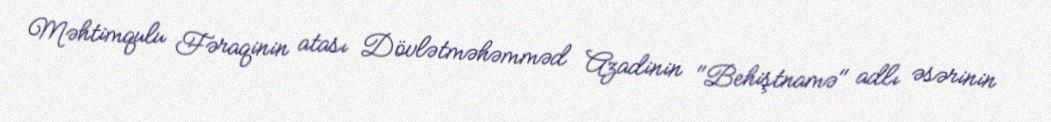
Məhtimqulu Fəraqinin atası Dövlətməhəmməd Azadinin "Behiştnamə" adlı əsərinin